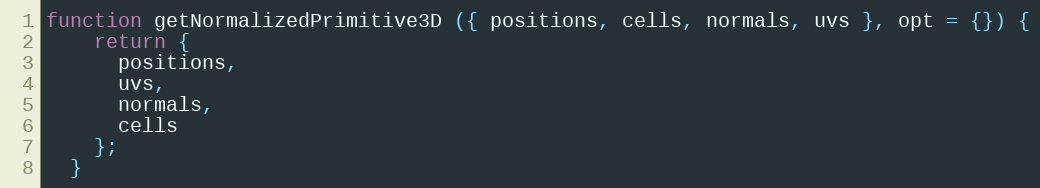
Language: JavaScript
function getNormalizedPrimitive3D ({ positions, cells, normals, uvs }, opt = {}) {
    return {
      positions,
      uvs,
      normals,
      cells
    };
  }